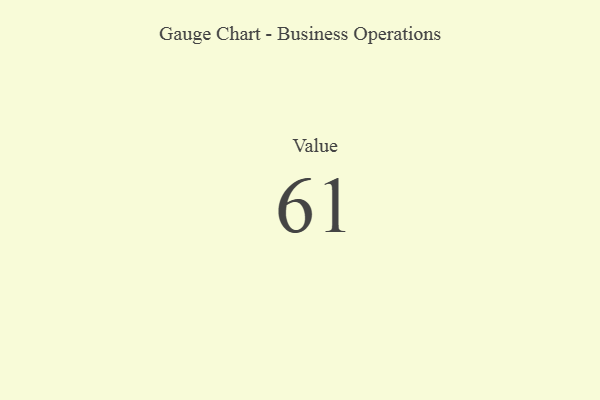
{"axis": {"x": "Metric", "y": "Value"}, "legend": [""], "data": [{"x": "Value", "y": 61, "type": ""}]}